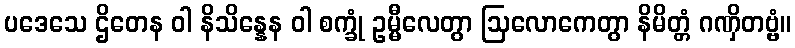
ပဒေသေ ဌိတေန ဝါ နိသိန္နေန ဝါ စက္ခုံ ဥမ္မီလေတွာ ဩလောကေတွာ နိမိတ္တံ ဂဏှိတဗ္ဗံ။